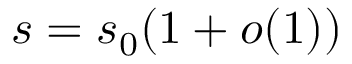
s = s _ { 0 } ( 1 + o ( 1 ) )